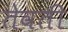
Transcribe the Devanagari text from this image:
तेवती